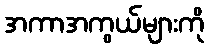
အကာအကွယ်များကို